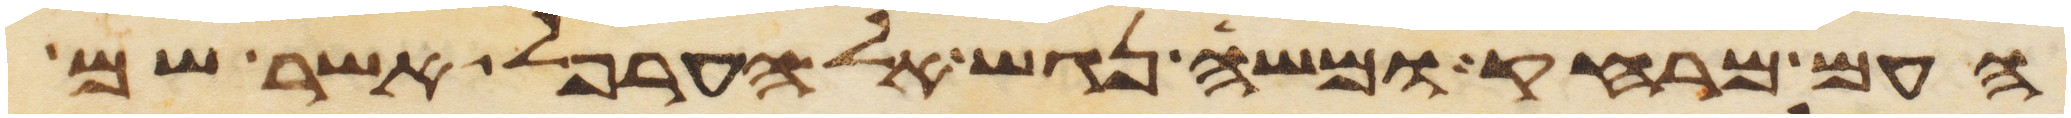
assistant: העם מרחק ומשה נגש אל הערפל אשר שם